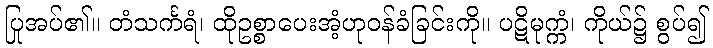
ပြုအပ်၏။ တံသင်္ကရံ၊ ထိုဥစ္စာပေးအံ့ဟုဝန်ခံခြင်းကို။ ပဋိမုက္ကံ၊ ကိုယ်၌ စွပ်၍